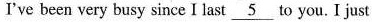
I've been very busy since I last \underline{5} to you. I just